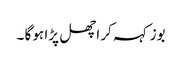
بوز کہہ کر اچھل پڑا ہو گا ۔